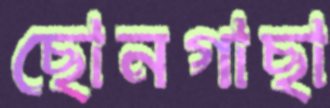
ছোনগাছা